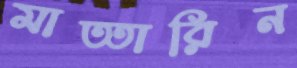
মাত্তারিন